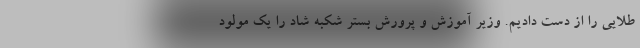
طلایی را از دست دادیم. وزیر آموزش و پرورش بستر شکبه شاد را یک مولود